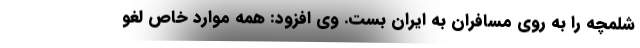
شلمچه را به روی مسافران به ایران بست. وی افزود: همه موارد خاص لغو